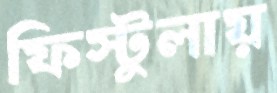
ফিস্টুলায়